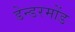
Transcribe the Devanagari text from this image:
डेन्डरमोंड